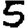
Digit: 5